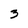
Character: 3